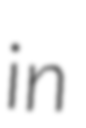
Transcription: in